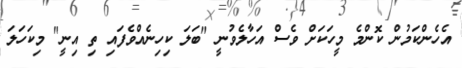
އެހެންކަމުން ކޮންމެ މީހަކަށް ވެސް އަހާލެވުނީ "ބަލަ ކިހިނެއްވެފައި ތި އިނީ" މިކަހަލަ